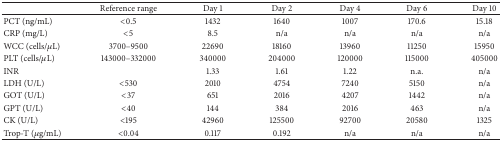
|  | Reference range | Day 1 | Day 2 | Day 4 | Day 6 | Day 10 |
 | --- | --- | --- | --- | --- | --- | --- |
 | PCT (ng/mL) | <0.5 | 1432 | 1640 | 1007 | 170.6 | 15.18 |
 | CRP (mg/L) | <5 | 8.5 | n/a | n/a | n/a | n/a |
 | WCC (cells/μL) | 3700–9500 | 22690 | 18160 | 13960 | 11250 | 15950 |
 | PLT (cells/μL) | 143000–332000 | 340000 | 204000 | 120000 | 115000 | 405000 |
 | INR |  | 1.33 | 1.61 | 1.22 | n.a. | n/a |
 | LDH (U/L) | <530 | 2010 | 4754 | 7240 | 5150 | n/a |
 | GOT (U/L) | <37 | 651 | 2016 | 4207 | 1442 | n/a |
 | GPT (U/L) | <40 | 144 | 384 | 2016 | 463 | n/a |
 | CK (U/L) | <195 | 42960 | 125500 | 92700 | 20580 | 1325 |
 | Trop-T (μg/mL) | <0.04 | 0.117 | 0.192 | n/a | n/a | n/a |